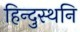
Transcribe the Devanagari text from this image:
हिन्दुस्थनि